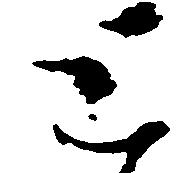
と